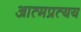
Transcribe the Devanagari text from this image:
आत्मप्रत्यय